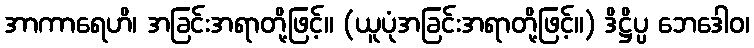
အာကာရေဟိ၊ အခြင်းအရာတို့ဖြင့်။ (ယူပုံအခြင်းအရာတို့ဖြင့်။) ဒိဋ္ဌိပ္ပ ဘေဒေါဝ၊